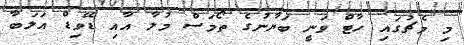
މި މެޗުގައި ހާޓް ވަނީ ބަޔާނުގެ ތޯމަސް މުލާ އާއި ޑޭވިޑް އަލަބާ